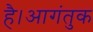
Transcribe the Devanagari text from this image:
है।आगंतुक